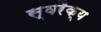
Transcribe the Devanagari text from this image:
स्वरैक्य